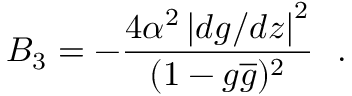
B _ { 3 } = - \frac { 4 \alpha ^ { 2 } \left| d g / d z \right| ^ { 2 } } { ( 1 - g \overline { { { g } } } ) ^ { 2 } } ~ ~ .